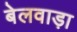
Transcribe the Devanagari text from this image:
बेलवाड़ा